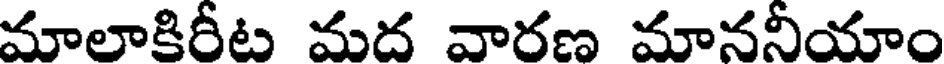
మాలాకిరీట మద వారణ మాననీయాం